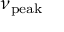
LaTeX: \nu _ { \mathrm { p e a k } }